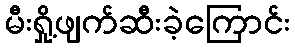
မီးရှို့ဖျက်ဆီးခဲ့ကြောင်း